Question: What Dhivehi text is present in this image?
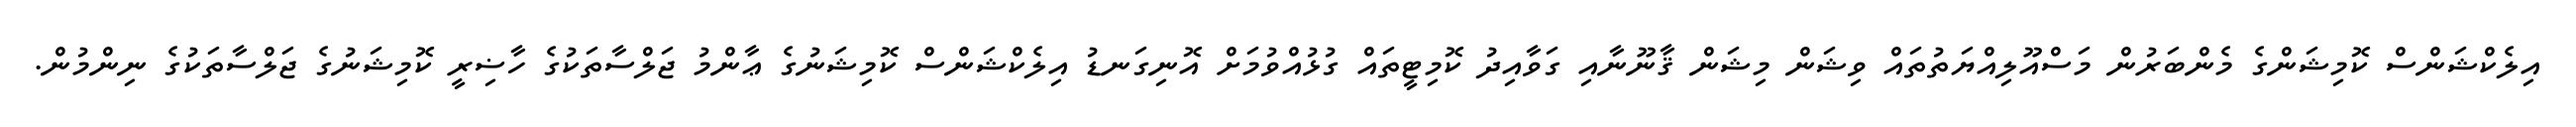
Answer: އިލެކްޝަންސް ކޮމިޝަންގެ މެންބަރުން މަސްއޫލިއްޔަތުތައް ވިޝަން މިޝަން ޤާނޫނާއި ގަވާއިދު ކޮމިޓީތައް ގުޅުއްވުމަށް އޮނިގަނޑު އިލެކްޝަންސް ކޮމިޝަނުގެ ޢާންމު ޖަލްސާތަކުގެ ހާޟިރީ ކޮމިޝަނުގެ ޖަލްސާތަކުގެ ނިންމުން.